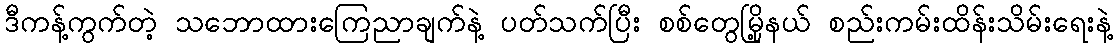
ဒီကန့်ကွက်တဲ့ သဘောထားကြေညာချက်နဲ့ ပတ်သက်ပြီး စစ်တွေမြို့နယ် စည်းကမ်းထိန်းသိမ်းရေးနဲ့